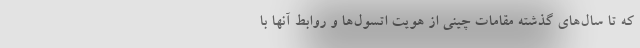
که تا سال‌های گذشته مقامات چینی از هویت اتسول‌ها و روابط آنها با